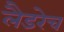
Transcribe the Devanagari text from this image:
लैडरेच